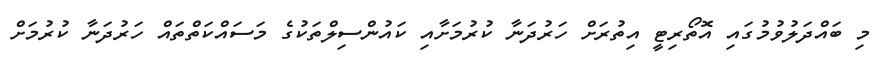
މި ބައްދަލުވުމުގައި އޮތޯރިޓީ އިތުރަށް ހަރުދަނާ ކުރުމަށާއި ކައުންސިލްތަކުގެ މަސައްކަތްތައް ހަރުދަނާ ކުރުމަށް